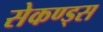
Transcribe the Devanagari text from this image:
सेकण्ड्स